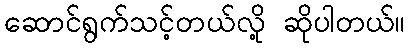
ဆောင်ရွက်သင့်တယ်လို့ ဆိုပါတယ်။